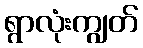
ရွာလုံးကျွတ်